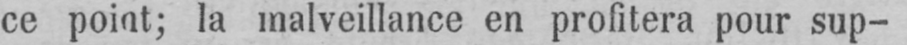
ce point; la malveillance en profitera pour sup-